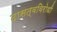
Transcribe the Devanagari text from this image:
दासत्वविरोधी